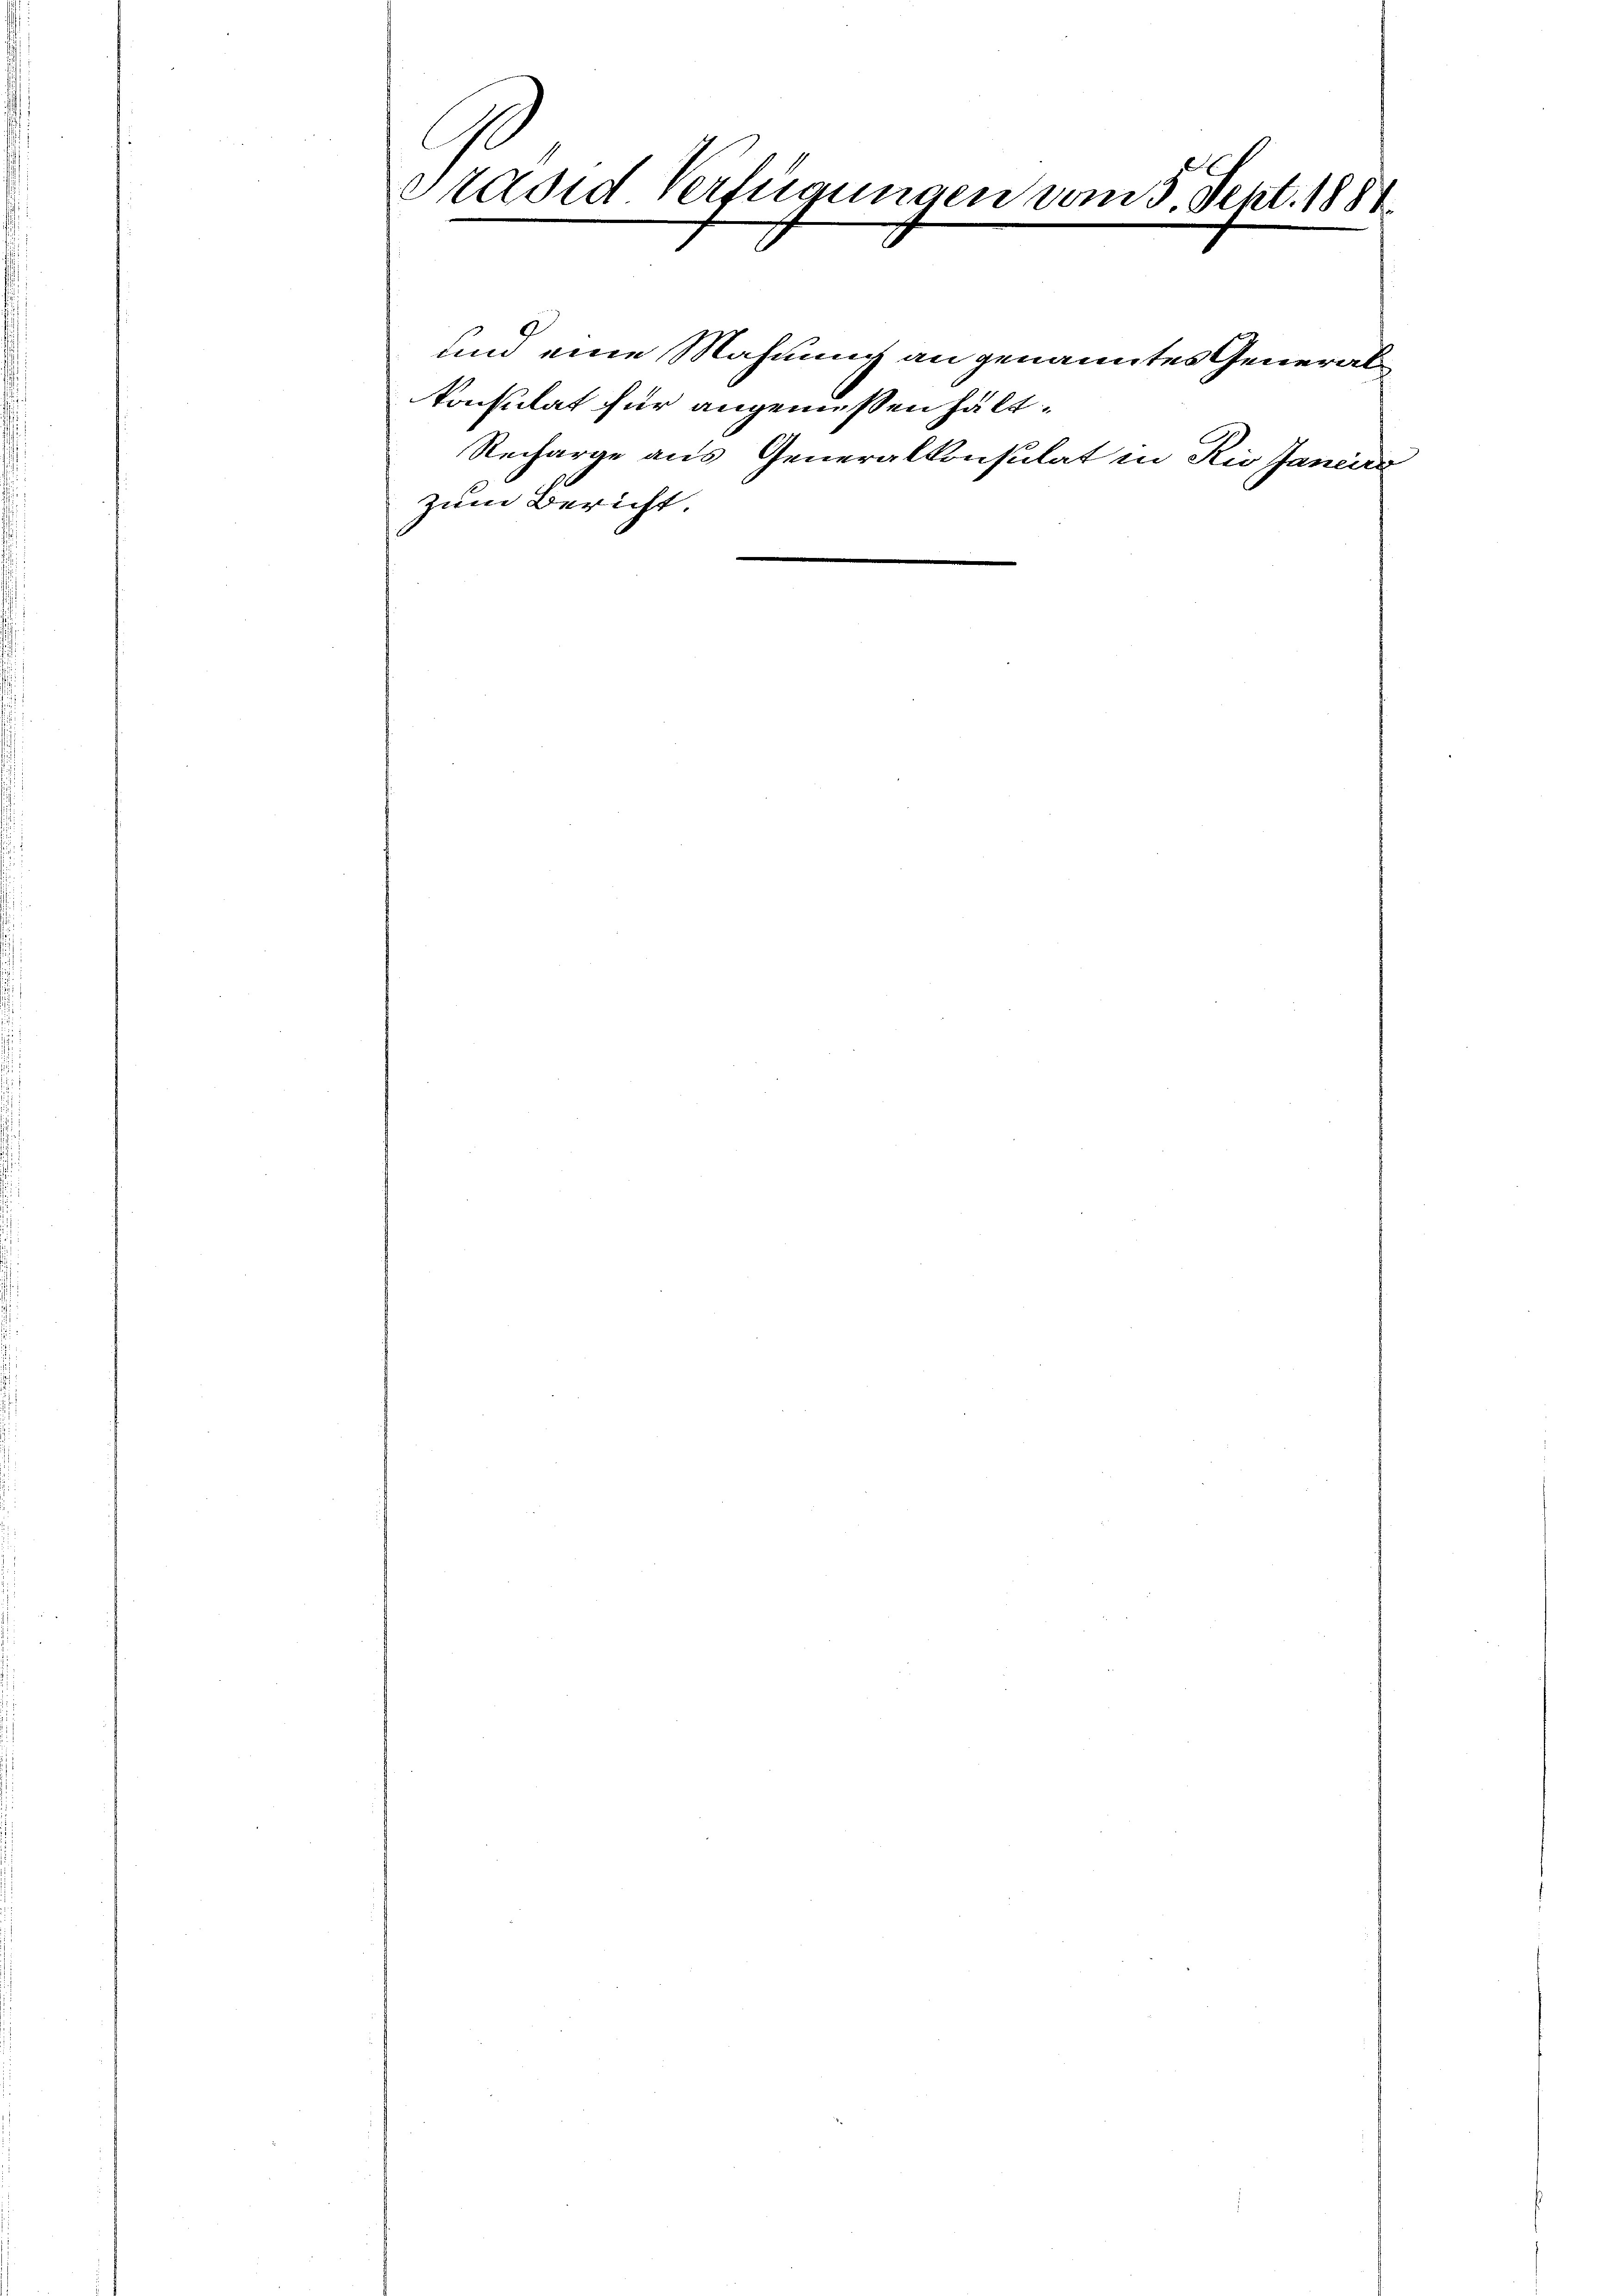
Pavid Verfügungen vom 5. Sept. 188

und eine Mahnung an genanntes Generalkonsulat für angemessen hält.
Recharge aus Generalkonsulat in Rie Janeiro
zum Bericht.
n